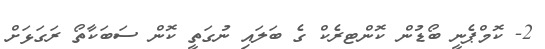
2- ކޮމްޕެނީ ބޯޑުން ކޮންޓރެކް ގެ ބަލައި ނުގަތީ ކޮން ސަބަކާތޯ ރަގަޅަށް